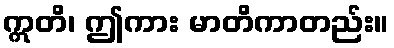
ဣတိ၊ ဤကား မာတိကာတည်း။